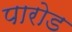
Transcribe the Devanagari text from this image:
पारोड